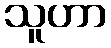
သူဟာ